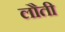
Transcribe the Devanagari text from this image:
लौती